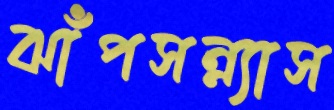
ঝাঁপসন্ন্যাস